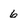
Character: 6